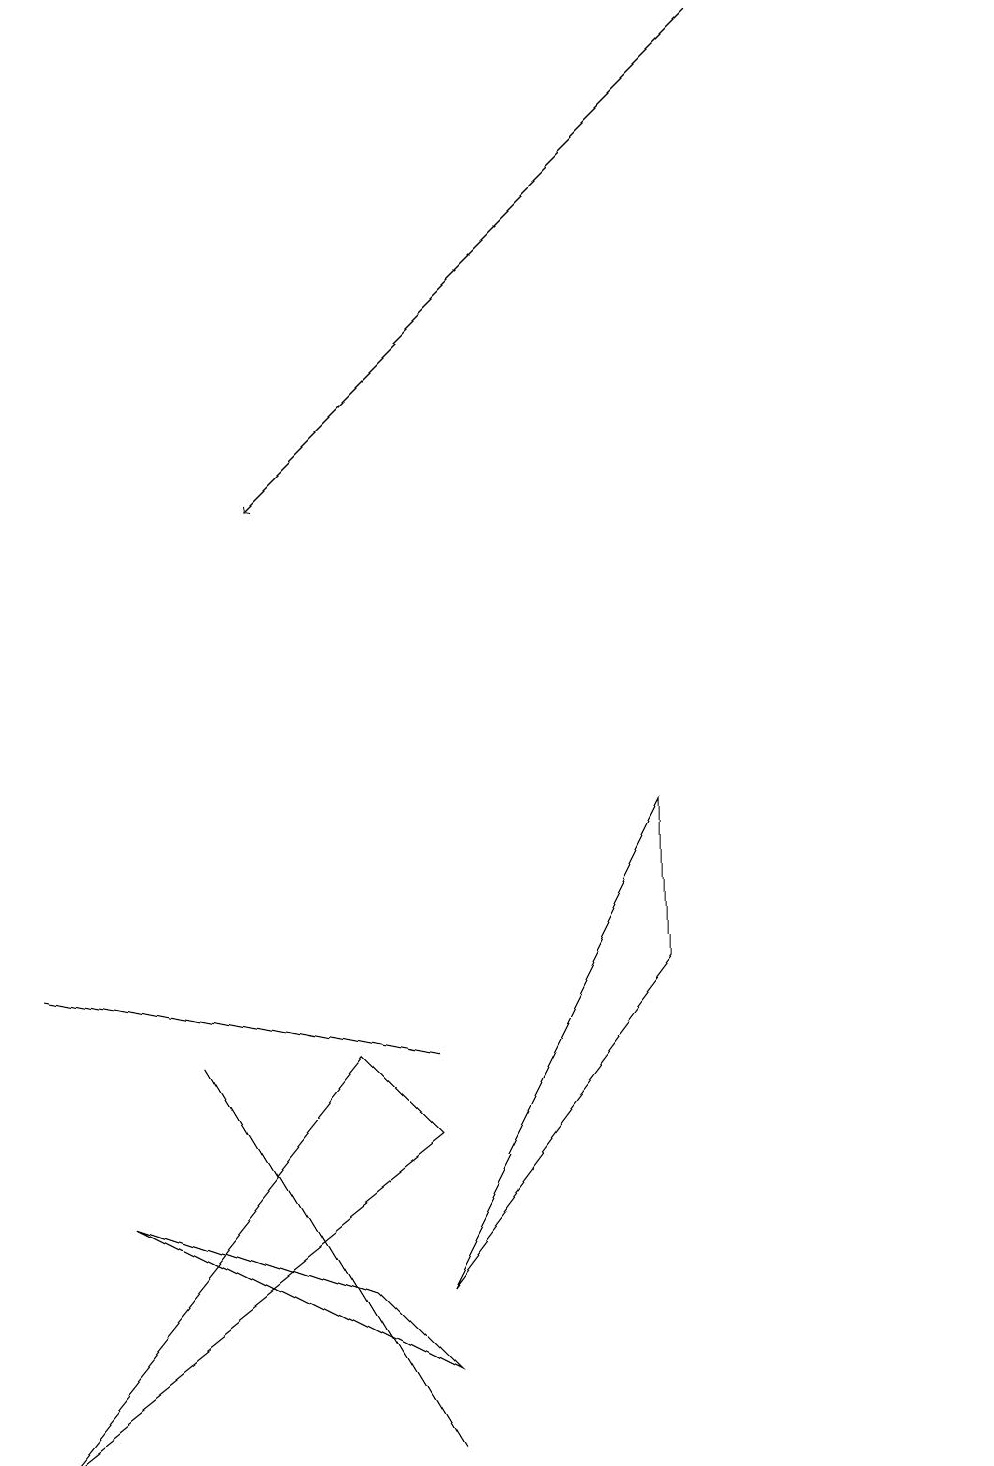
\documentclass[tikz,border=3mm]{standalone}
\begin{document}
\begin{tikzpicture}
\draw (0,0) -- (5,4) -- (4,5) -- cycle;
\draw (1,3) -- (5,1) -- (4,2) -- cycle;
\draw (12,10) circle (0);
\draw (8,8) -- (8,6) -- (5,2) -- cycle;
\draw[->] (9,18) -- (3,12);
\draw (2,5) -- (5,0) -- (2,5) -- cycle;
\draw (5,5) -- (0,6) -- (0,6) -- cycle;
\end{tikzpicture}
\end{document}